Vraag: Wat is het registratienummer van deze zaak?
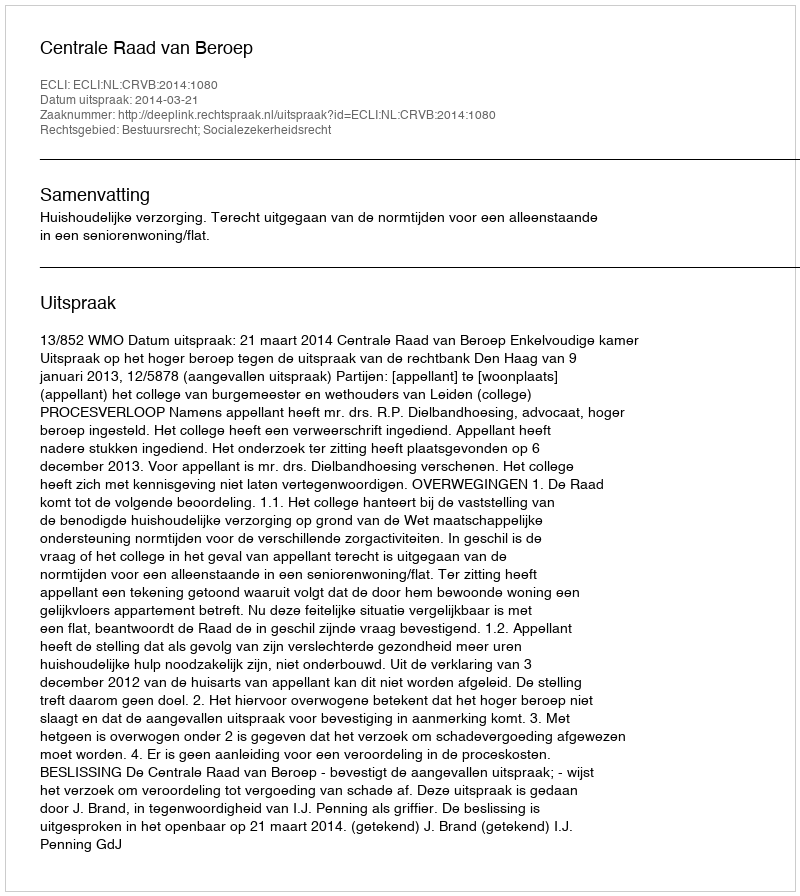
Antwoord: http://deeplink.rechtspraak.nl/uitspraak?id=ECLI:NL:CRVB:2014:1080